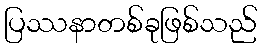
ပြဿနာတစ်ခုဖြစ်သည်